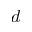
d